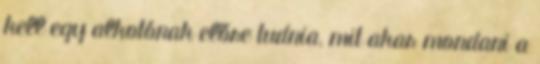
kell egy alkotónak előre tudnia, mit akar mondani a